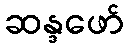
ဆန္ဒဖော်